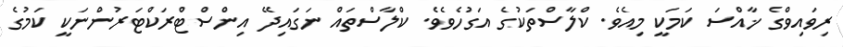
ރިވައިވްގެ ޚާއްސަ ކަމަކީ މިއެވެ. ކްލާސްތަކުގެ އަގުހެވެވެ. ކްލާސްތައް ނަގައިދޭ އިންސްޓްރަކްޓަރުންނަކީ ކަމުގެ